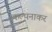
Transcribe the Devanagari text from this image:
कल्पनाकर